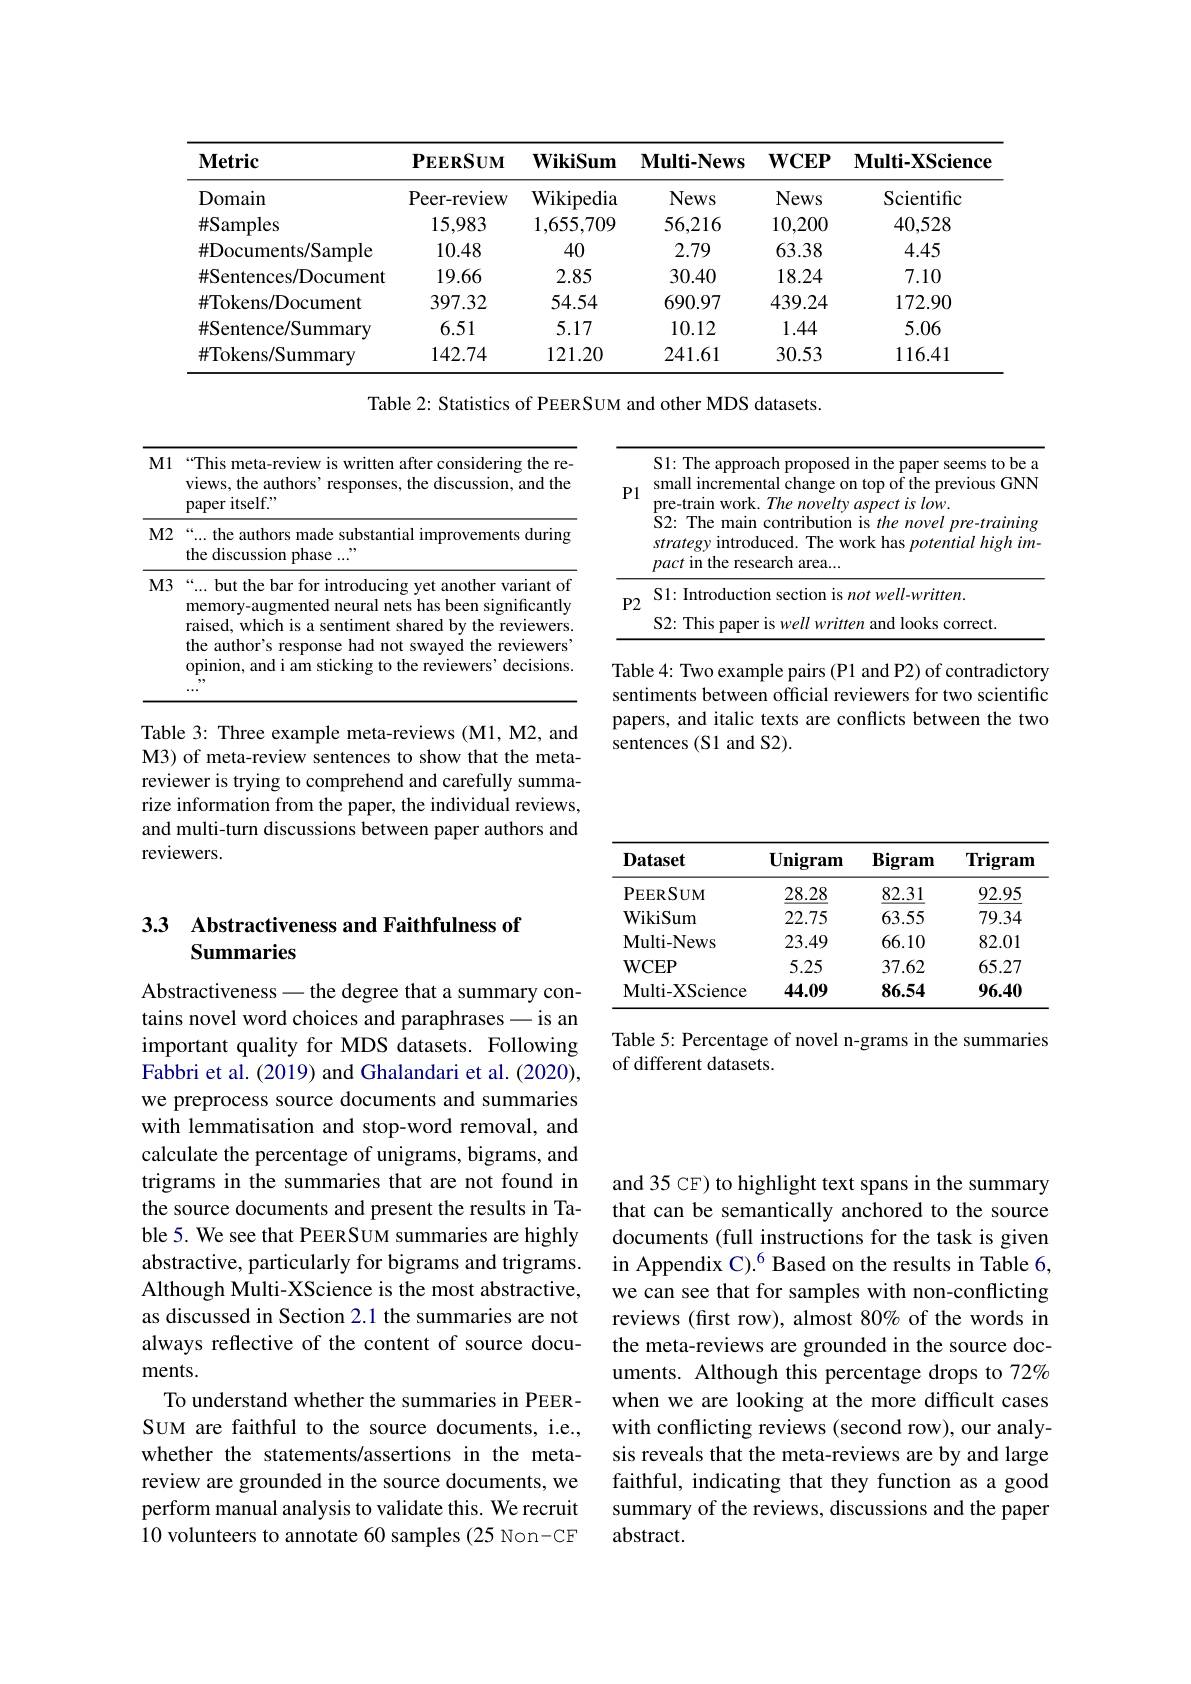
<table>
	<tbody>
		<tr>
			<th>$\mathbf{Metric}$</th>
			<th>$\mathbf{PEERSUM}$</th>
			<th>$\mathbf{WikiSum}$</th>
			<th>$\mathbf{Multi-News}$</th>
			<th>$\mathbf{WCEP}$</th>
			<th>$\mathbf{Multi-XScience}$</th>
		</tr>
		<tr>
			<td>Domain</td>
			<td>Peer- review</td>
			<td>${\mathrm{Wikipedia}}$</td>
			<td>News</td>
			<td>News</td>
			<td>Scientific</td>
		</tr>
		<tr>
			<td>$\#$Samples</td>
			<td>15,983</td>
			<td>1,655,709</td>
			<td>56,216</td>
			<td>10,200</td>
			<td>40,528</td>
		</tr>
		<tr>
			<td>$\#$Documents/Sample</td>
			<td>10.48</td>
			<td>40</td>
			<td>2.79</td>
			<td>63.38</td>
			<td>4.45</td>
		</tr>
		<tr>
			<td>$\#$Sentences/Document</td>
			<td>19.66</td>
			<td>2.85</td>
			<td>30.40</td>
			<td>18.24</td>
			<td>7.10</td>
		</tr>
		<tr>
			<td>$\#$Tokens/Document</td>
			<td>397.32</td>
			<td>54.54</td>
			<td>690.97</td>
			<td>439.24</td>
			<td>172.90</td>
		</tr>
		<tr>
			<td>$\#$Sentence/Summary</td>
			<td>6.51</td>
			<td>5.17</td>
			<td>10.12</td>
			<td>1.44</td>
			<td>5.06</td>
		</tr>
		<tr>
			<td>$\#$Tokens/Summary</td>
			<td>142.74</td>
			<td>121.20</td>
			<td>241.61</td>
			<td>30.53</td>
			<td>116.41</td>
		</tr>
	</tbody>
</table>

Table 2: Statistics of PEERSUM and other MDS datasets.

<table>
	<tbody>
		<tr>
			<td>$\mathbf{P}$ r J</td>
			<td>S1: Introduction section is $notwell-written.$</td>
		</tr>
		<tr>
			<td>$P2$</td>
			<td>S1: Introduction section is $notwell-written.$ S2: This paper is well written and looks correct.</td>
		</tr>
	</tbody>
</table>

<table>
	<tbody>
		<tr>
			<th>$M1$</th>
			<th>“This meta-review is written after considering the re views, the authors' responses, the discussion, and the paper itself."</th>
		</tr>
		<tr>
			<td>$M2$</td>
			<td>“... the authors made substantial improvements during the discussion phase ..."</td>
		</tr>
		<tr>
			<td>$M3$</td>
			<td>“... but the bar for introducing yet another variant of memory-augmented neural nets has been significantly raised, which is a sentiment shared by the reviewers the author's response had not swayed the reviewers opinion, and i am sticking to the reviewers' decisions ,,,</td>
		</tr>
	</tbody>
</table>

Table 4: Two example pairs (P1 and P2) of contradictory sentiments between official reviewers for two scientific papers, and italic texts are conflicts between the two sentences (S1 and S2).

Table 3: Three example meta-reviews (M1, M2, and M3) of meta-review sentences to show that the metareviewer is trying to comprehend and carefully summarize information from the paper, the individual reviews, and multi-turn discussions between paper authors and reviewers.

<table>
	<tbody>
		<tr>
			<th>$\mathbf{Dataset}$</th>
			<th>$\mathbf{Unigram}$</th>
			<th>Bigram</th>
			<th>Trigram</th>
		</tr>
		<tr>
			<td>PEERSUM</td>
			<td>28.28</td>
			<td>82.31</td>
			<td>92.95</td>
		</tr>
		<tr>
			<td>WikiSum</td>
			<td>22.75</td>
			<td>63.55</td>
			<td>79.34</td>
		</tr>
		<tr>
			<td>$\mathbf{Multi-News}$</td>
			<td>23.49</td>
			<td>66.10</td>
			<td>82.01</td>
		</tr>
		<tr>
			<td>$\mathbf{WCEP}$</td>
			<td>5.25</td>
			<td>37.62</td>
			<td>65.27</td>
		</tr>
		<tr>
			<td>$\mathbf{Multi-XScience}$</td>
			<td>44.09</td>
			<td>86.54</td>
			<td>96.40</td>
		</tr>
	</tbody>
</table>

## 33 Abstractiveness and Faithfulness of Summaries

Table 5: Percentage of novel n-grams in the summaries
of different datasets.

Abstractiveness - the degree that a summary contains novel word choices and paraphrases - is an important quality for MDS datasets. Following Fabbri et al. (2019) and Ghalandari et al. (2020), we preprocess source documents and summaries with lemmatisation and stop-word removal, and calculate the percentage of unigrams, bigrams, and trigrams in the summaries that are not found in the source documents and present the results in Table 5. We see that PEERSUM summaries are highly abstractive, particularly for bigrams and trigrams. Although Multi-XScience is the most abstractive, as discussed in Section 2.1 the summaries are not always reflective of the content of source documents.
To understand whether the summaries in PEERSUM are faithful to the source documents, i.e., whether the statements/assertions in the metareview are grounded in the source documents, we perform manual analysis to validate this. We recruit 10 volunteers to annotate 60 samples (25 Non-CE

and 35 CF) to highlight text spans in the summary that can be semantically anchored to the source documents (full instructions for the task is given in Appendix C).$^{6}$ Based on the results in Table 6, we can see that for samples with non-conflicting reviews (frst row), almost 80% of the words in the meta-reviews are grounded in the source documents. Although this percentage drops to 72% when we are looking at the more difficult cases with conflicting reviews (second row), our analysis reveals that the meta-reviews are by and large faithful, indicating that they function as a good summary of the reviews, discussions and the paper abstract.